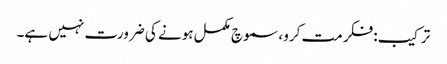
ترکیب: فکر مت کرو ، سموچ مکمل ہونے کی ضرورت نہیں ہے۔